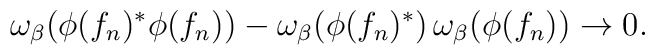
\omega_\beta (\phi(f_n)^*\phi(f_n) )- \omega_\beta (\phi(f_n)^*) \, \omega_\beta (\phi(f_n)) \rightarrow 0.